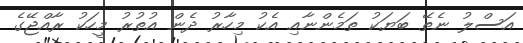
އަސްލު ނެތޭ ބަޔަކު ތަމެންނާއި އެކު މިހާރު ދެން އުތުރު މީހަކު ރާއްޖޭގެ